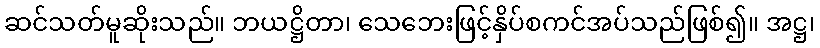
ဆင်သတ်မူဆိုးသည်။ ဘယဋ္ဌိတာ၊ သေဘေးဖြင့်နှိပ်စကင်အပ်သည်ဖြစ်၍။ အဋ္ဌ၊